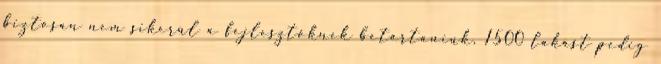
biztosan nem sikerül a fejlesztőknek betartaniuk, 1500 lakást pedig